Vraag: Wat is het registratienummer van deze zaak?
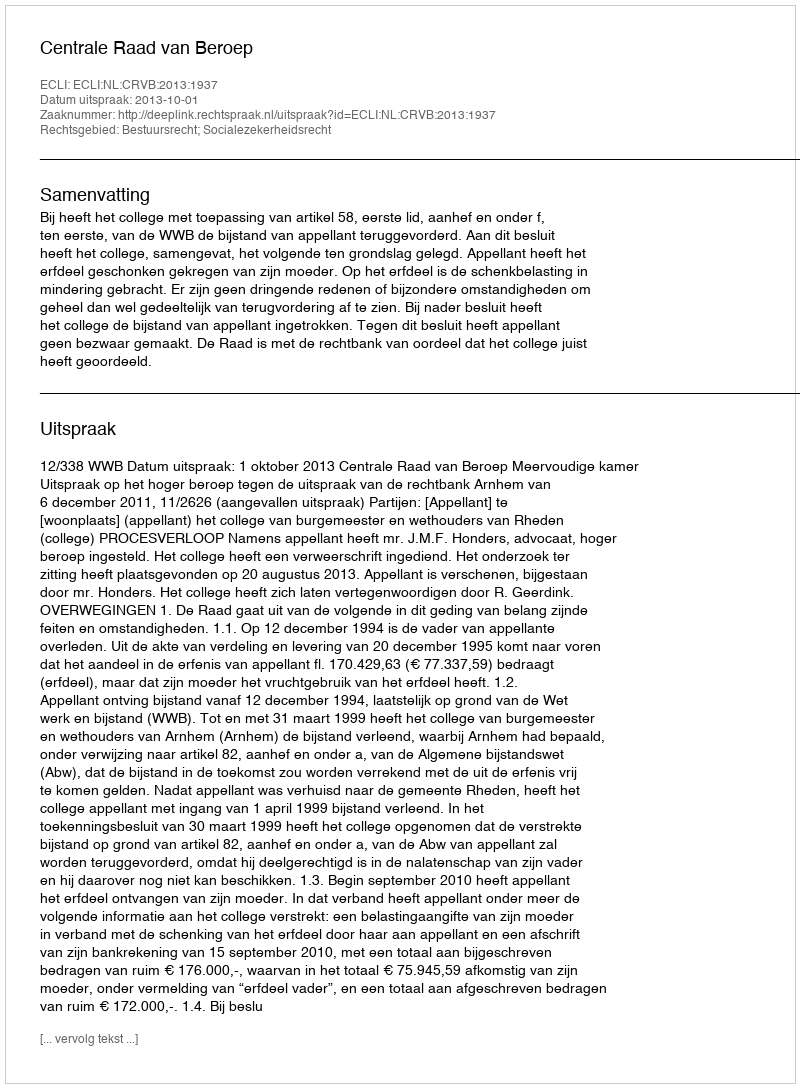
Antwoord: http://deeplink.rechtspraak.nl/uitspraak?id=ECLI:NL:CRVB:2013:1937